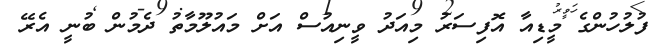
ފުލުހުންގެ މީޑިއާ އޮފިސަރު މިއަދު ވީނިއުސް އަށް މައުލޫމާތު ދެމުން ބުނީ އެރޭ